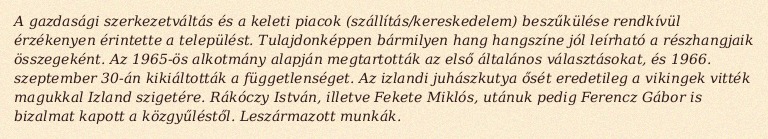
A gazdasági szerkezetváltás és a keleti piacok (szállítás/kereskedelem) beszűkülése rendkívül érzékenyen érintette a települést. Tulajdonképpen bármilyen hang hangszíne jól leírható a részhangjaik összegeként. Az 1965-ös alkotmány alapján megtartották az első általános választásokat, és 1966. szeptember 30-án kikiáltották a függetlenséget. Az izlandi juhászkutya ősét eredetileg a vikingek vitték magukkal Izland szigetére. Rákóczy István, illetve Fekete Miklós, utánuk pedig Ferencz Gábor is bizalmat kapott a közgyűléstől. Leszármazott munkák.